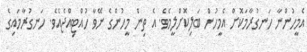
އެމީހުންނާ ހަނގުރާމަކޮށް އެމީހުން ބަލިކޮށްލީމެވެ. އެ ތިން މީހުންގެ ނޭވާ ހުއްޓިއްޖެއެވެ. ހަނގުރާމައިގެ